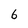
Character: 6